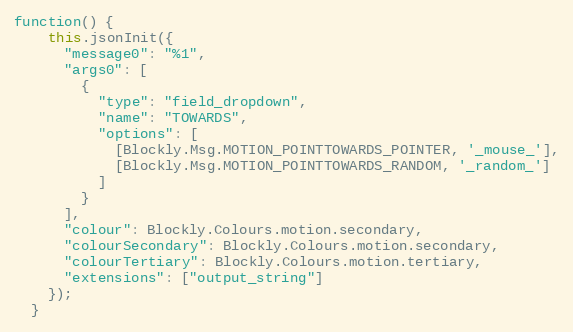
Language: JavaScript
function() {
    this.jsonInit({
      "message0": "%1",
      "args0": [
        {
          "type": "field_dropdown",
          "name": "TOWARDS",
          "options": [
            [Blockly.Msg.MOTION_POINTTOWARDS_POINTER, '_mouse_'],
            [Blockly.Msg.MOTION_POINTTOWARDS_RANDOM, '_random_']
          ]
        }
      ],
      "colour": Blockly.Colours.motion.secondary,
      "colourSecondary": Blockly.Colours.motion.secondary,
      "colourTertiary": Blockly.Colours.motion.tertiary,
      "extensions": ["output_string"]
    });
  }